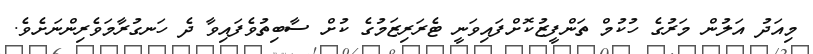
މިއަދު އަލުން މަރުގެ ހުކުމް ތަންފީޒުކޮށްފައިވަނީ ޓެރަރިޒަމުގެ ކުށް ސާބިތުވެފައިވާ ދެ ހަނގުރާމަވެރިންނަށެވެ.